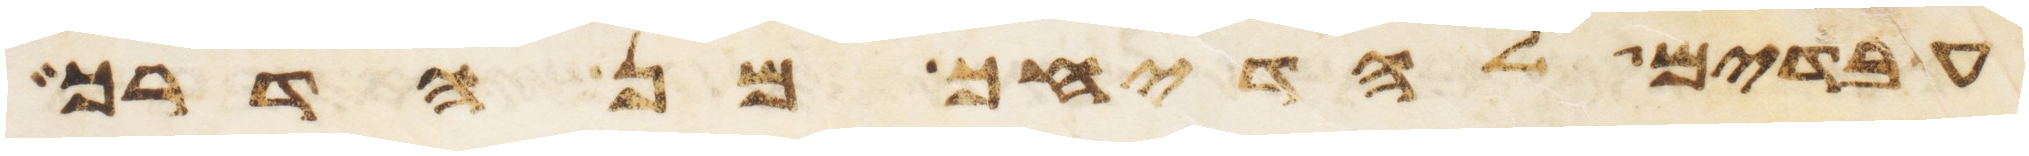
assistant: עבדים להדיחך מן הדרך